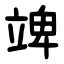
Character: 䇑